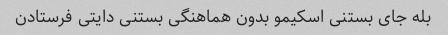
بله جای بستنی اسکیمو بدون هماهنگی بستنی دایتی فرستادن